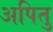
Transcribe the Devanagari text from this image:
अपितु